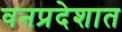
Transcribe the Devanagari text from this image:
वनप्रदेशात